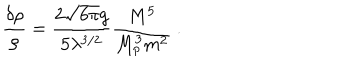
LaTeX: \frac { \delta \rho } { \rho } = \frac { 2 \sqrt { 6 \pi } g } { 5 \lambda ^ { 3 / 2 } } \frac { M ^ { 5 } } { M _ { p } ^ { 3 } m ^ { 2 } } \ .